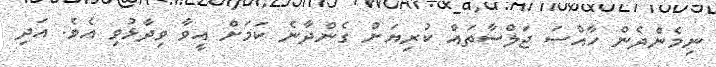
ނިމެންދެން ހާއްސަ ޖަލްސާތައް ކުރިޔަށް ގެންދާނެ ކަމަށް އީވާ ވިދާޅުވި އެވެ. އަދި